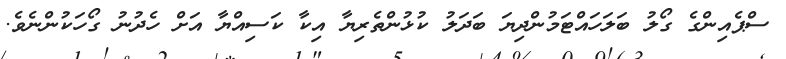
ސްޕެއިންގެ ގޯލު ބަލަހައްޓަމުންދިޔަ ބަދަލު ކުޅުންތެރިޔާ އިކާ ކަސިއްޔާ އަށް ހެދުނު ގޯހަކުންނެވެ.